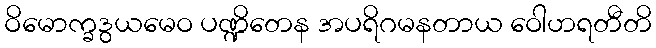
ဝိမောက္ခဒွယမေဝ ပဏ္ဍိတေန အပရိဂမနတာယ ဝေါဟရတီတိ